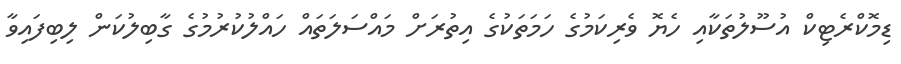
ޑިމޮކްރެޓިކް އުސޫލުތަކާއި ހެޔޮ ވެރިކަމުގެ ހަމަތަކުގެ އިތުރަށް މައްސަލަތައް ހައްލުކުރުމުގެ ގާބިލުކަން ލިބިފައިވާ